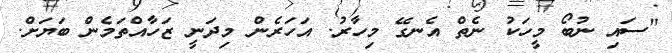
"ސައި ނުބޯ މީހަކު ނެތް އެނގޭ މިހާރު. އަހަރެން މިދަނީ ޒަހާއްތަމެން ބަޔަށް.